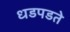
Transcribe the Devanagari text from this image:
धडपडते